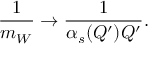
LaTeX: { \frac { 1 } { m _ { W } } } \to { \frac { 1 } { \alpha _ { s } ( Q ^ { \prime } ) Q ^ { \prime } } } .